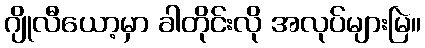
ဂျိုလီယော့မှာ ခါတိုင်းလို အလုပ်များမြဲ။